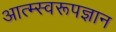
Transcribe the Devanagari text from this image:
आत्म्स्वरूपज्ञान